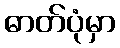
ဓာတ်ပုံမှာ